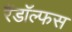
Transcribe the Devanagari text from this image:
रैंडॉल्फस